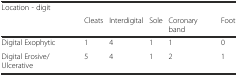
<table><thead><tr><td><b>Location - digit</b></td><td></td><td></td><td></td><td></td><td></td></tr><tr><td></td><td><b>Cleats</b></td><td><b>Interdigital</b></td><td><b>Sole</b></td><td><b>Coronary band</b></td><td><b>Foot</b></td></tr></thead><tbody><tr><td>Digital Exophytic </td><td>1</td><td>4</td><td>1</td><td>1</td><td>0</td></tr><tr><td>Digital Erosive/Ulcerative</td><td>5</td><td>4</td><td>1</td><td>2</td><td>1</td></tr></tbody></table>